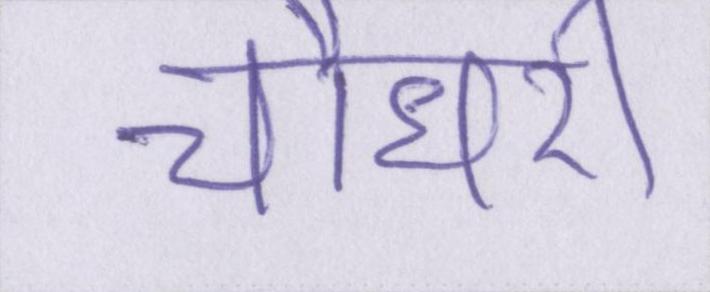
चौधरी